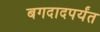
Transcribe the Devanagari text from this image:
बगदादपर्यंत